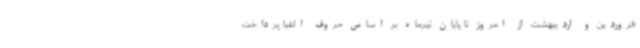
فروردین و اردیبهشت از امروز تا پایان تیرماه بر اساس حروف الفبا پرداخت